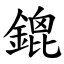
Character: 鎞